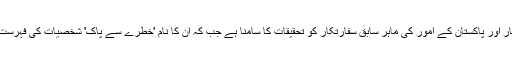
امریکہ کی ایک تجربہ کار اور پاکستان کے امور کی ماہر سابق سفارتکار کو تحقیقات کا سامنا ہے جب کہ ان کا نام 'خطرے سے پاک' شخصیات کی فہرست سے بھی ہٹا دیا گیا ہے۔